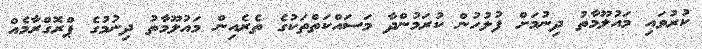
ކުރުވައި މައުލޫމާތު ދިނުމަށް ފުލުހުން ކުރަމުންދާ މަސައްކަތްތަކުގެ ތެރެއިން މައުލޫމާތު ދިނުމުގެ ޕްރޮގްރާމެއް